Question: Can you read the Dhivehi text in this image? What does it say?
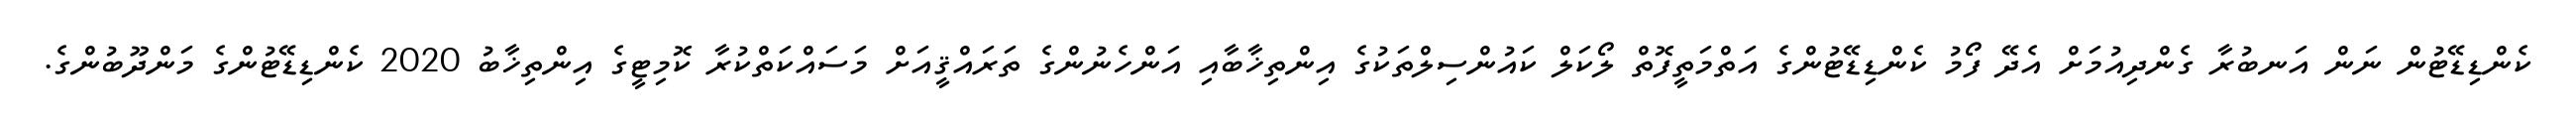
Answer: ކެންޑިޑޭޓުން ނަން އަނބުރާ ގެންދިއުމަށް އެދޭ ފޯމު ކެންޑިޑޭޓުންގެ އަތްމަތީފޮތް ލޯކަލް ކައުންސިލްތަކުގެ އިންތިޚާބާއި އަންހެނުންގެ ތަރައްޤީއަށް މަސައްކަތްކުރާ ކޮމިޓީގެ އިންތިޚާބު 2020 ކެންޑިޑޭޓުންގެ މަންދޫބުންގެ.